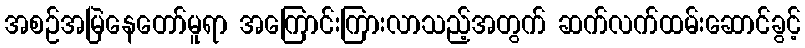
အစဉ်အမြဲနေတော်မူရာ အကြောင်းကြားလာသည့်အတွက် ဆက်လက်ထမ်းဆောင်ခွင့်